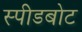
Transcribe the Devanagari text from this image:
स्‍पीडबोट